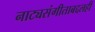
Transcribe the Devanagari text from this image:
नाट्यसंगीताबद्दलही